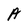
Character: A